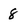
Character: 8